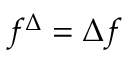
f ^ { \Delta } = \Delta f